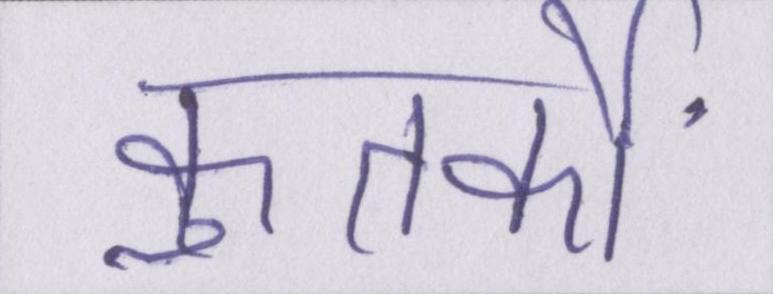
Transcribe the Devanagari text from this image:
कुतर्कों